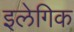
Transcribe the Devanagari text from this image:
इलेगिक